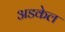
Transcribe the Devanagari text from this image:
अडकेल